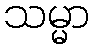
သမ္မာ